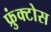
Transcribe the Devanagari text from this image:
फ्रुंक्टोस